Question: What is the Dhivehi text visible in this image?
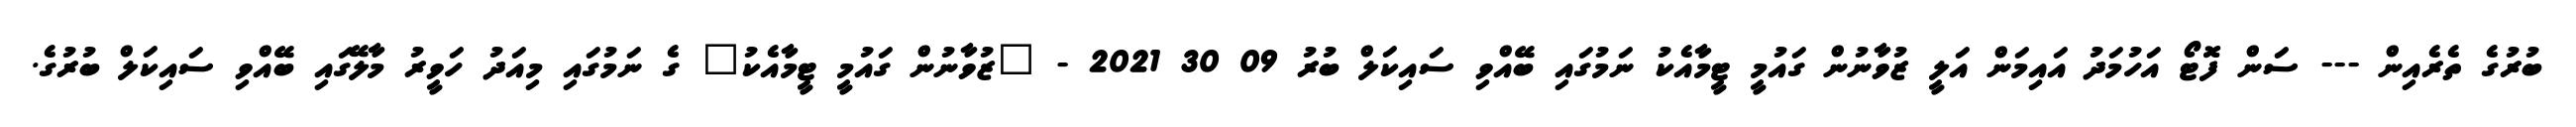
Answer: ބުރުގެ ތެރެއިން --- ސަން ފޮޓޯ އަހުމަދު އައިމަން އަލީ ޒުވާނުން ގައުމީ ޓީމާއެކު ނަމުގައި ބޭއްވި ސައިކަލް ބުރު 09 30 2021 - "ޒުވާނުން ގައުމީ ޓީމާއެކު" ގެ ނަމުގައި މިއަދު ހަވީރު މާލޭގައި ބޭއްވި ސައިކަލް ބުރުގެ.